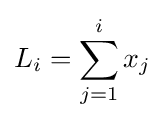
L_{i}=\sum _{j=1}^{i}x_{j}